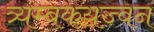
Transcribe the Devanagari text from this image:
त्र्यम्बकयज्वन